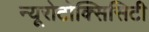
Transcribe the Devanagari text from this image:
न्यूरोटोक्सिसिटी